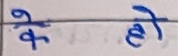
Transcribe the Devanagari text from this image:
के हो